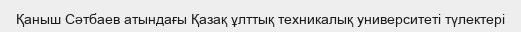
Қаныш Сәтбаев атындағы Қазақ ұлттық техникалық университеті түлектері